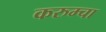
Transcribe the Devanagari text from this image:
करुम्चा